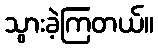
သွားခဲ့ကြတယ်။